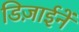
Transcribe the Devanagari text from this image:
डिज़ाईनें